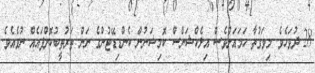
28 ދުވަހެވެ. މިވަގުތާ ހަމައަށްވެސް އިލެކްޝަންސް ކޮމިޝަނުން ކެންޑިޑޭޓުންގެ ނަން ތަރުތީބުކޮށްފައެއް ނުވެއެވެ.